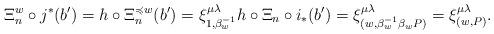
LaTeX: \begin{gather*}\Xi_n^w\circ j^*(b') = h\circ\Xi_n^{\preccurlyeq w} (b') = \xi^{\mu\lambda}_{1,\beta_w^{-1}} h\circ \Xi_n\circ i_*(b') = \xi^{\mu\lambda}_{(w,\beta_w^{-1}\beta_w P)} = \xi^{\mu\lambda}_{(w, P)}.\end{gather*}